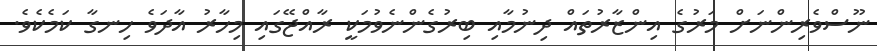
ނޫސްވެރިންނަށް މަރުގެ އިންޒާރުތައް ދިނުމާއި ބިރުގެންނެވުމަކީ ރާއްޖޭގައި މިހާރު އާދަވެ ހިނގާ ކަމެކެވެ.